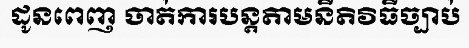
ដូនពេញ ចាត់ការបន្តតាមនីតិវិធីច្បាប់